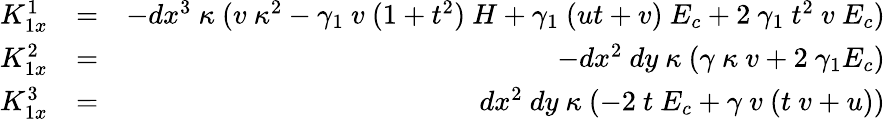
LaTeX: \begin{array}{rlr}{K_{1x}^{1}}&{=}&{-dx^{3}~\kappa~(v~\kappa^{2}-\gamma_{1}~v~(1+t^{2})~H+\gamma_{1}~(ut+v)~E_{c}+2~\gamma_{1}~t^{2}~v~E_{c})}\\ {K_{1x}^{2}}&{=}&{-dx^{2}~dy~\kappa~(\gamma~\kappa~v+2~\gamma_{1}E_{c})}\\ {K_{1x}^{3}}&{=}&{dx^{2}~dy~\kappa~(-2~t~E_{c}+\gamma~v~(t~v+u))}\end{array}